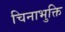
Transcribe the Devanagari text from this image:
चिनाभुक्ति